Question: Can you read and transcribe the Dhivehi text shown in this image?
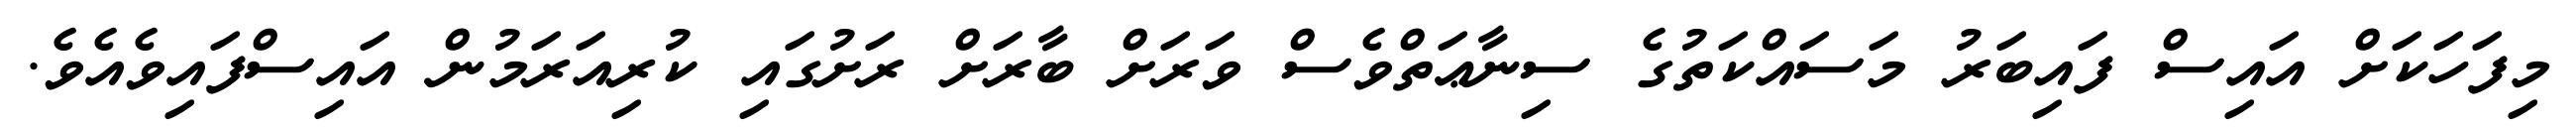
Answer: މިފަހަކަށް އައިސް ފައިބަރު މަސައްކަތުގެ ސިނާޢަތްވެސް ވަރަށް ބާރަށް ރަށުގައި ކުރިއަރަމުން އައިސްފައިވެއެވެ.